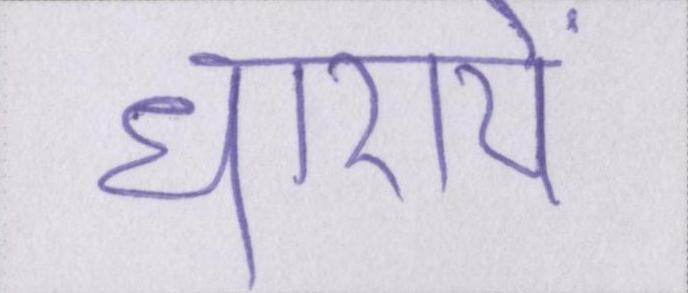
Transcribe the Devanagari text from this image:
धारायें